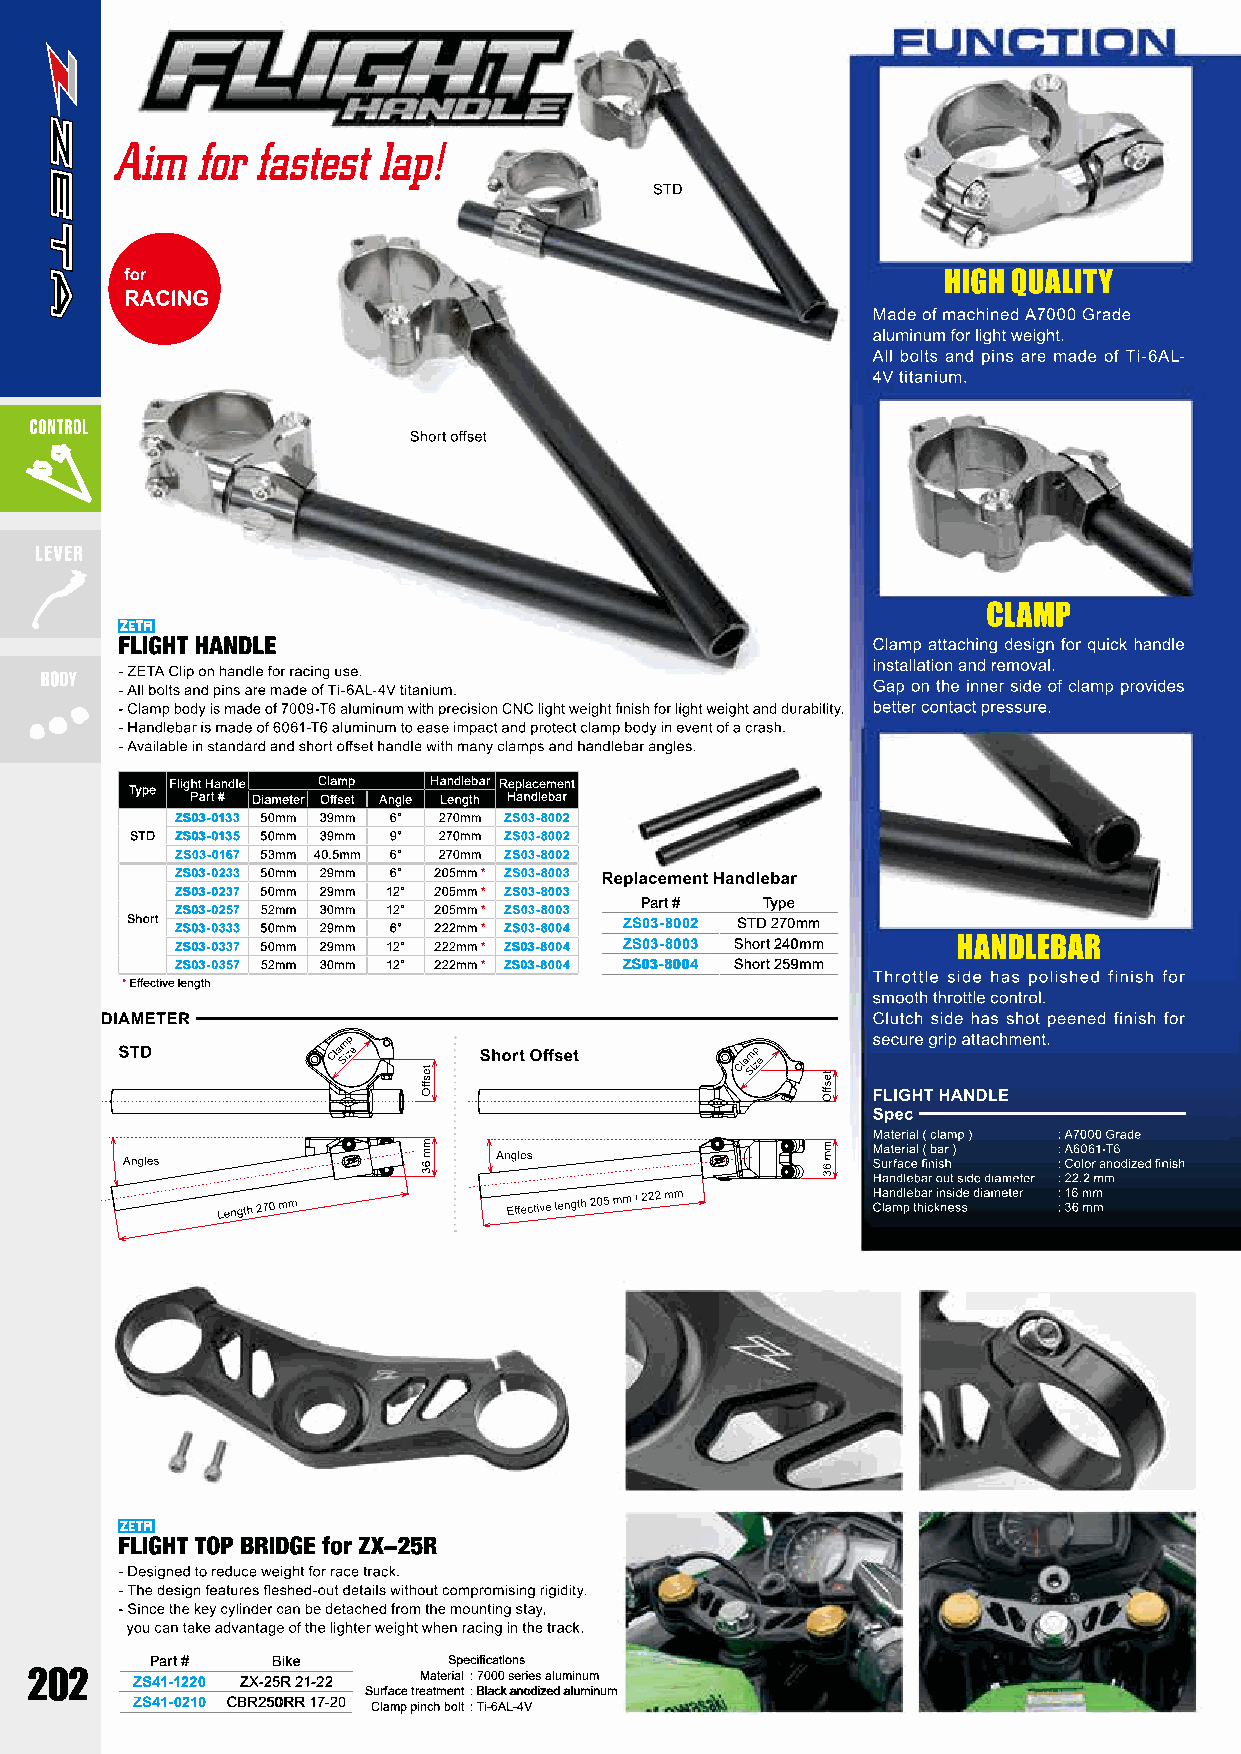
Type Flig Pht a H rta #ndle Diameter C Ola ffsm ep t Angle Ha Ln ed nl ge tb har R Hep al na dc le em bae rnt
 ZS03-0133 50mm 39mm 6° 270mm ZS03-8002
 STD ZS03-0135 50mm 39mm 9° 270mm ZS03-8002
 ZS03-0167 53mm 40.5mm 6° 270mm ZS03-8002
 ZS03-0233 50mm 29mm 6° 205mm * ZS03-8003
 ZS03-0237 50mm 29mm 12° 205mm * ZS03-8003
 Part #  Type
 ZS03-0257 52mm 30mm 12° 205mm * ZS03-8003
 Short ZS03-0333 50mm 29mm 6° 222mm * ZS03-8004 ZS03-8002 STD 270mm
 ZS03-0337 50mm 29mm 12° 222mm * ZS03-8004 ZS03-8003 Short 240mm
 ZS03-0357 52mm 30mm 12° 222mm * ZS03-8004 ZS03-8004 Short 259mm
 * Effective length
 Part #  Bike        Specifications
 ZS41-1220 ZX-25R 21-22 Material: 7000 series aluminum
 Surface treatment: Black anodized aluminum
 ZS41-0210 CBR250RR 17-20 Clamp pinch bolt: Ti-6AL-4V